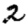
Digit: 2